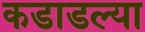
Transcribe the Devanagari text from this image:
कडाडल्या